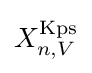
X_{n,V}^{\operatorname {Kps} }